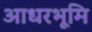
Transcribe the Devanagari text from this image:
आधरभूमि